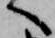
へ